65_HS1-834228961_62-HQ-83894_Section_8
Agency: FBI
Page 11
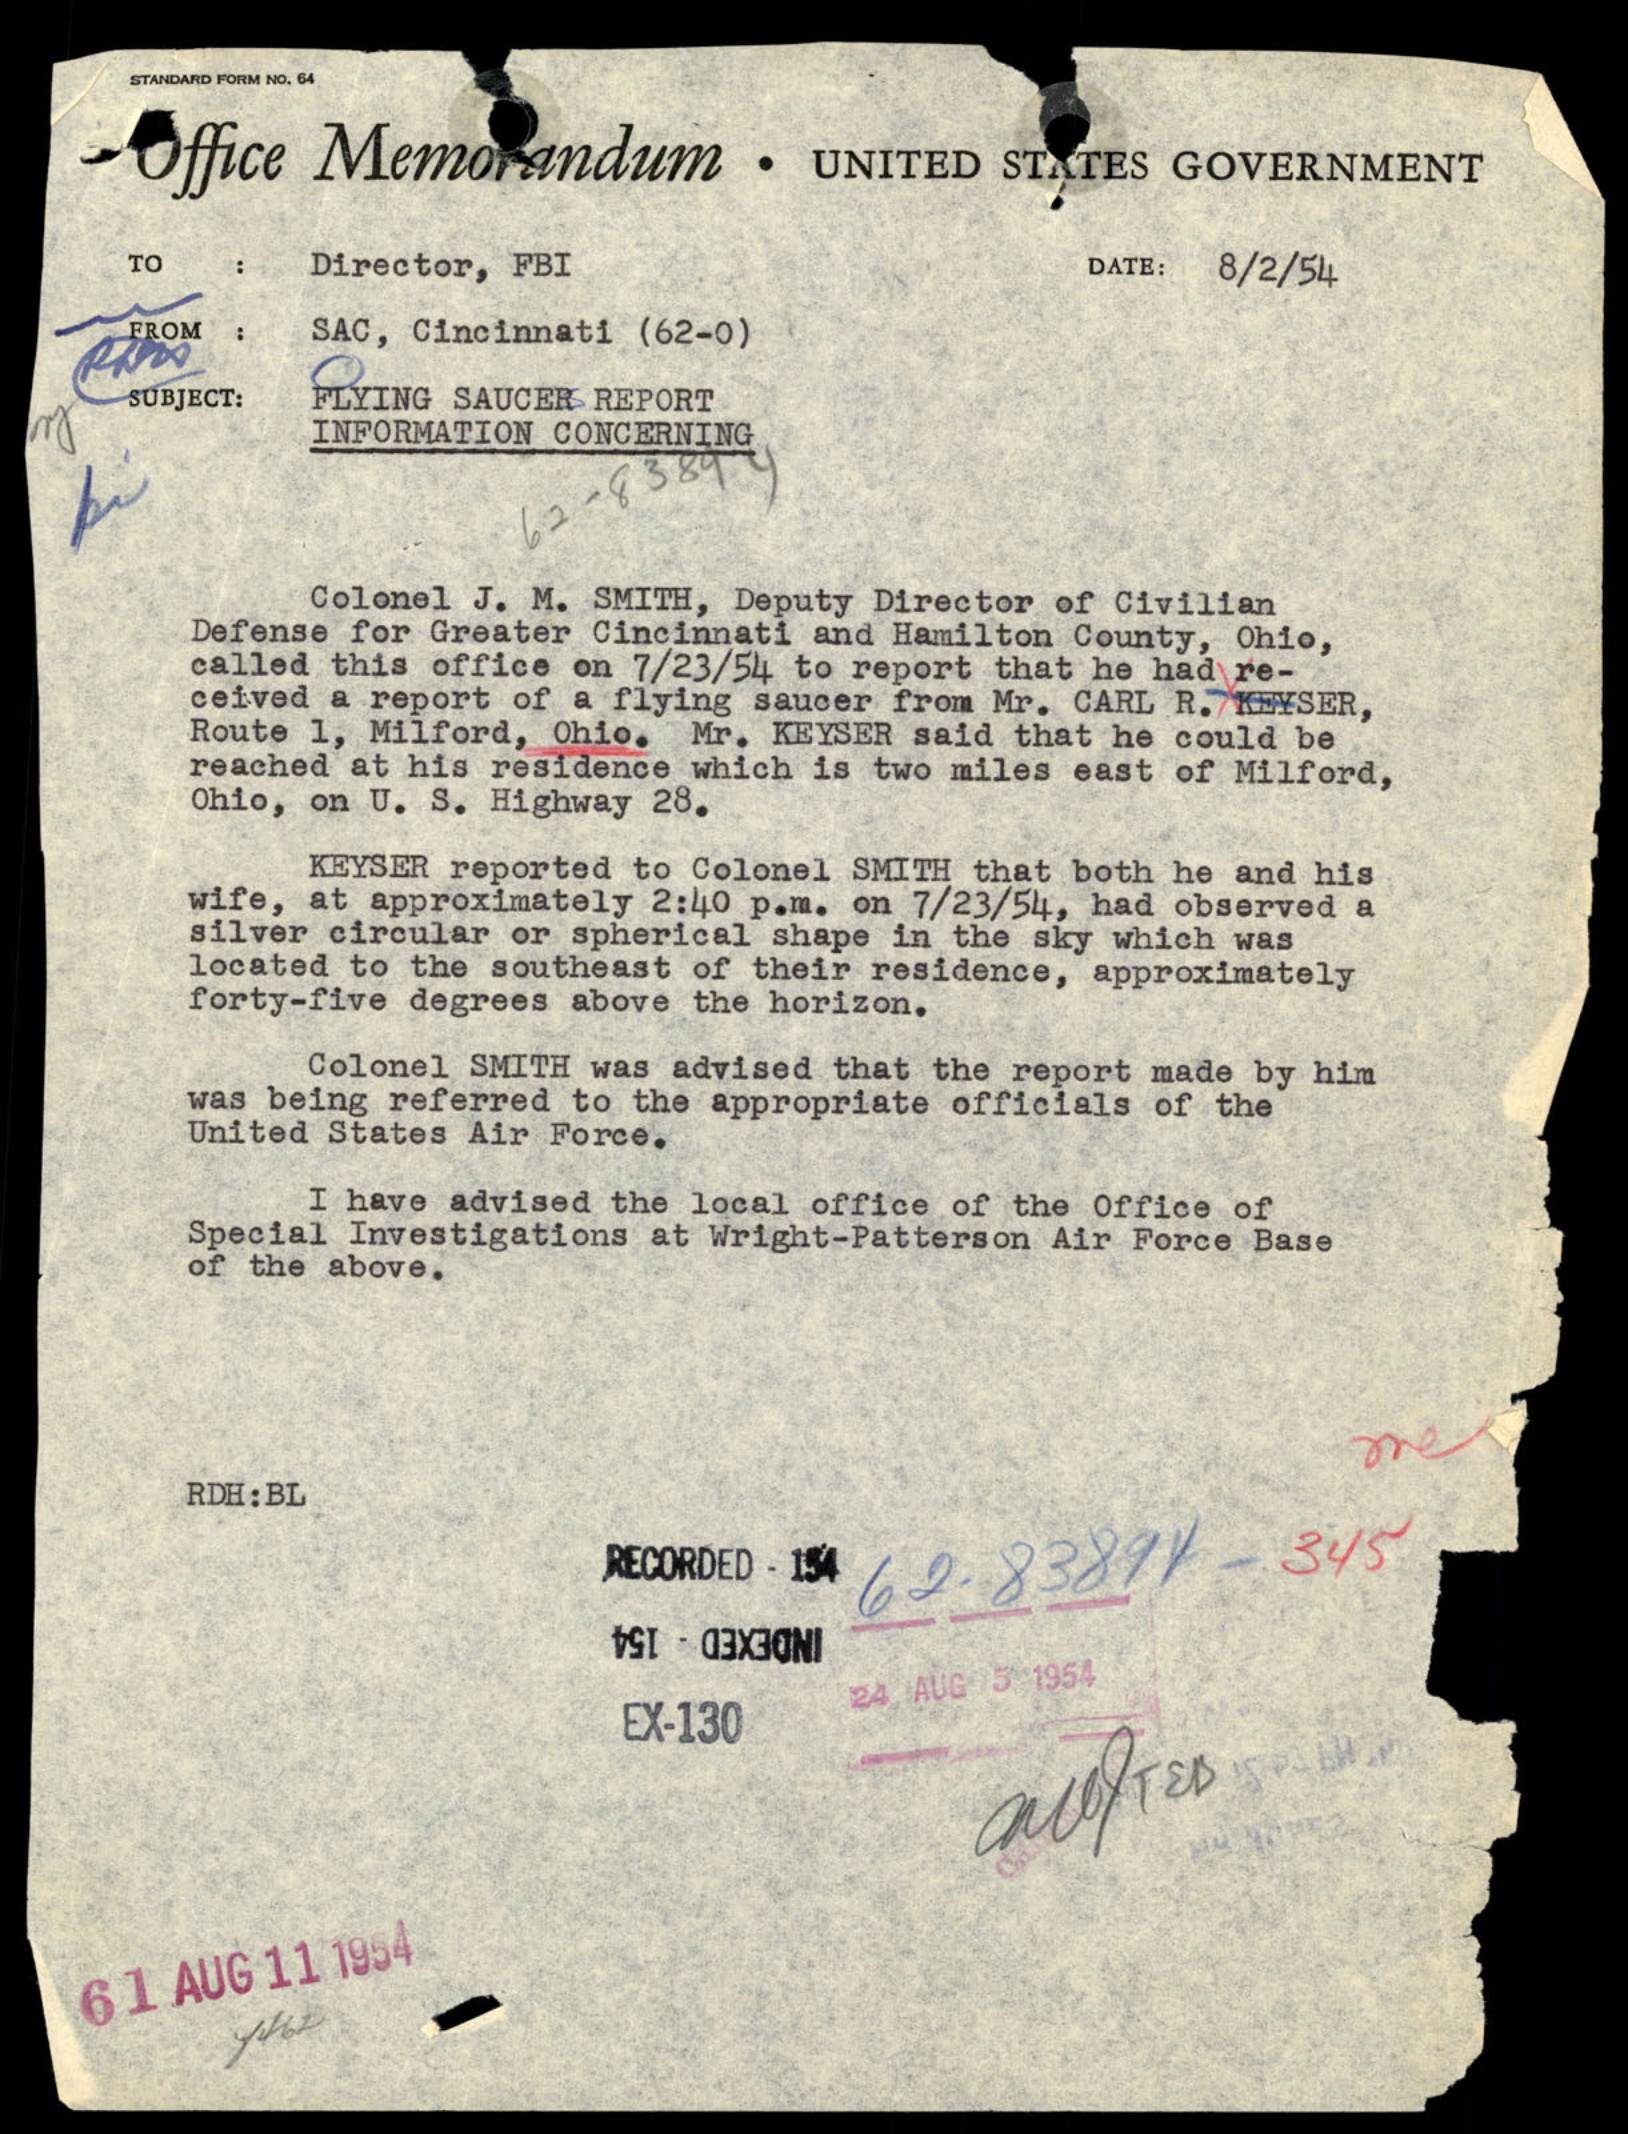